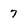
Character: 7